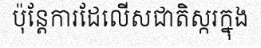
ប៉ុន្តែការដែលើសជាតិស្ករក្នុង